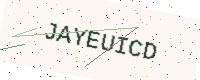
Text: JAYEUICD